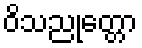
ဝိသညုတ္တော